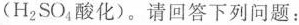
(H_{2}SO_{4}酸化)。请回答下列问题：